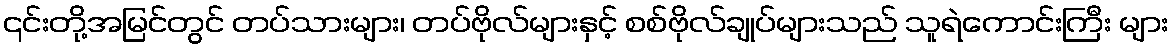
၎င်းတို့အမြင်တွင် တပ်သားများ၊ တပ်ဗိုလ်များနှင့် စစ်ဗိုလ်ချုပ်များသည် သူရဲကောင်းကြီး များ